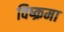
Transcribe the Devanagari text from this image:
विष्क्रमा